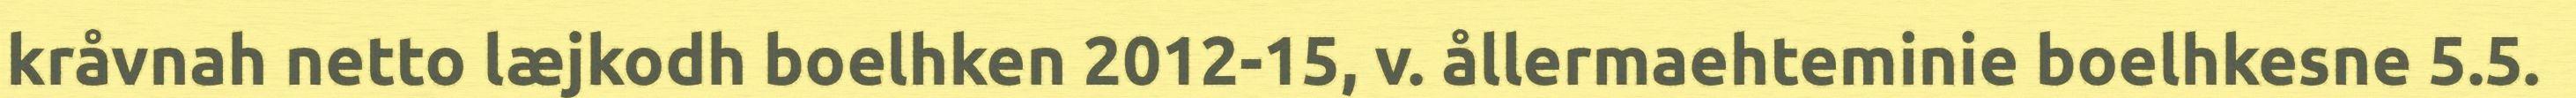
kråvnah netto læjkodh boelhken 2012-15, v. ållermaehteminie boelhkesne 5.5.